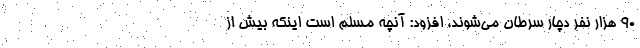
۹۰ هزار نفر دچار سرطان می‌شوند، افزود: آنچه مسلم است اینکه بیش از